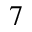
^ { 7 }